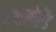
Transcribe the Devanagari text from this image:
हेगोलोलैंड